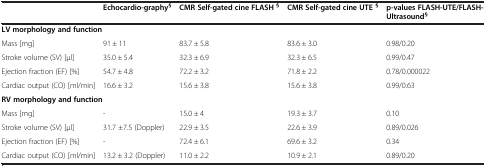
<table><thead><tr><td><b> </b></td><td><b>Echocardio-graphy<sup>§</sup></b></td><td><b>CMR Self-gated cine FLASH <sup>§</sup></b></td><td><b>CMR Self-gated cine UTE <sup>§</sup></b></td><td><b>p-values FLASH-UTE/FLASH-Ultrasound<sup>§</sup></b></td></tr></thead><tbody><tr><td colspan="5"><b>LV morphology and function</b></td></tr><tr><td>Mass [mg]</td><td>91 ± 11</td><td>83.7 ± 5.8</td><td>83.6 ± 3.0</td><td>0.98/0.20</td></tr><tr><td>Stroke volume (SV) [μl]</td><td>35.0 ± 5.4</td><td>32.3 ± 6.9</td><td>32.3 ± 6.5</td><td>0.99/0.47</td></tr><tr><td>Ejection fraction (EF) [%]</td><td>54.7 ± 4.8</td><td>72.2 ± 3.2</td><td>71.8 ± 2.2</td><td>0.78/0.000022</td></tr><tr><td>Cardiac output (CO) [ml/min]</td><td>16.6 ± 3.2</td><td>15.6 ± 3.8</td><td>15.6 ± 3.8</td><td>0.99/0.63</td></tr><tr><td colspan="5"><b>RV morphology and function</b></td></tr><tr><td>Mass [mg]</td><td>-</td><td>15.0 ± 4</td><td>19.3 ± 3.7</td><td>0.10</td></tr><tr><td>Stroke volume (SV) [μl]</td><td>31.7 ±7.5 (Doppler)</td><td>22.9 ± 3.5</td><td>22.6 ± 3.9</td><td>0.89/0.026</td></tr><tr><td>Ejection fraction (EF) [%]</td><td>-</td><td>72.4 ± 6.1</td><td>69.6 ± 3.2</td><td>0.34</td></tr><tr><td>Cardiac output (CO) [ml/min]</td><td>13.2 ± 3.2 (Doppler)</td><td>11.0 ± 2.2</td><td>10.9 ± 2.1</td><td>0.89/0.20</td></tr></tbody></table>